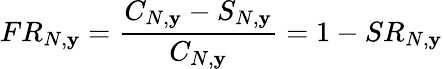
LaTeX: FR_{N,\mathbf{y}}=\frac{{C_{N,\mathbf{y}}-S_{N,\mathbf{y}}}}{{C_{N,\mathbf{y}}}}=1-SR_{N,\mathbf{y}}